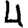
Digit: 4